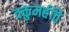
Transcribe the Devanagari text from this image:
वक्तुमर्हति